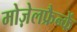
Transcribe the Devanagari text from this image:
मोज़ेलफ्रैन्कें